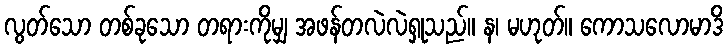
လွတ်သော တစ်ခုသော တရားကိုမျှ အဖန်တလဲလဲရှုသည်။ န၊ မဟုတ်။ ကောသလောမာဒိ